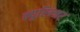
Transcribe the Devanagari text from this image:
न्युरिन्जर